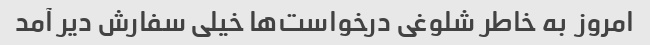
امروز  به خاطر شلوغی درخواست‌ها خیلی سفارش دیر آمد